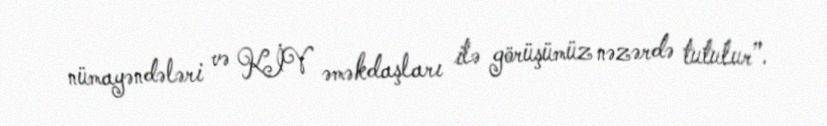
nümayəndələri və KİV əməkdaşları ilə görüşümüz nəzərdə tutulur”.